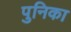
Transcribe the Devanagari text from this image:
पुनिका